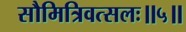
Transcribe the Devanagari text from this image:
सौमित्रिवत्सलः॥५॥